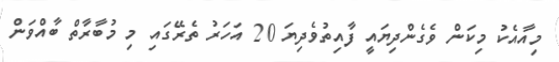
މިއާއެކު މިކަން ވެގެންދިޔައީ ފާއިތުވެދިޔަ 20 އަހަރު ތެރޭގައި މި މުބާރާތް ބާއްވަން